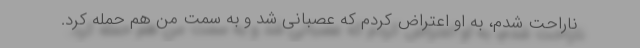
ناراحت شدم، به او اعتراض کردم که عصبانی شد و به سمت من هم حمله کرد.